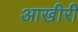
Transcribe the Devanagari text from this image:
आखीरी